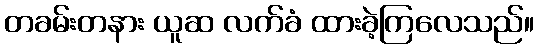
တခမ်းတနား ယူဆ လက်ခံ ထားခဲ့ကြလေသည်။